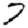
Digit: 7